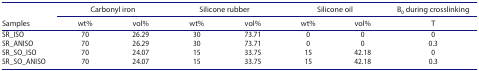
| <ROWSPAN=2> Samples | <COLSPAN=2> Carbonyl iron | <COLSPAN=2> Silicone rubber | <COLSPAN=2> Silicone oil | B0 during crosslinking |
 | wt% | vol% | wt% | vol% | wt% | vol% | T |
 | --- | --- | --- | --- | --- | --- | --- | --- |
 | SR_ISO | 70 | 26.29 | 30 | 73.71 | 0 | 0 | 0 |
 | SR_ANISO | 70 | 26.29 | 30 | 73.71 | 0 | 0 | 0.3 |
 | SR_SO_ISO | 70 | 24.07 | 15 | 33.75 | 15 | 42.18 | 0 |
 | SR_SO_ANISO | 70 | 24.07 | 15 | 33.75 | 15 | 42.18 | 0.3 |